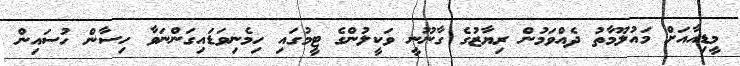
މީޑިއާއަށް މައުލޫމާތު ދެއްވަމުން ރިޔާޒުގެ ގާނޫނީ ވަކީލުންގެ ޓީމުގައި ހިމެނިވަޑައިގަންނަވާ ހިސާން ހުސައިން